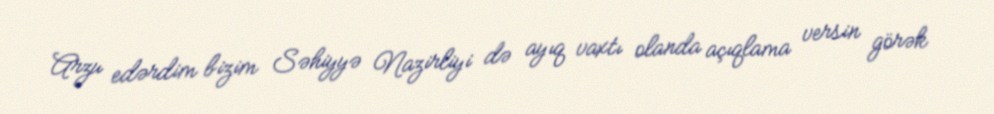
Arzu edərdim bizim Səhiyyə Nazirliyi də ayıq vaxtı olanda açıqlama versin görək